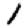
Digit: 1